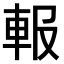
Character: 𨋁